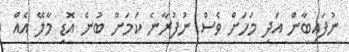
ނުފައިބާން އަދި މަހަށް ވެސް ނުފުރާނެ ކަމަށް ބުނެ އޮޑި މާލޭ އެއް